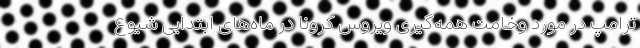
ترامپ در مورد وخامت همه‌گیری ویروس کرونا در ماه‌های ابتدایی شیوع